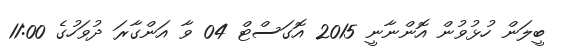
ބީލަން ހުޅުވުން އޮންނާނީ 2015 އޮގަސްޓް 04 ވާ އަންގާރަ ދުވަހުގެ 11:00